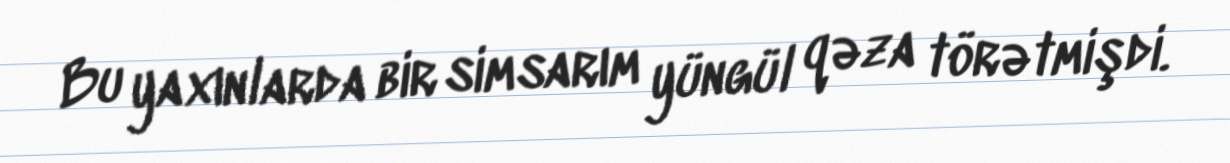
Bu yaxınlarda bir simsarım yüngül qəza törətmişdi.